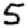
Digit: 5